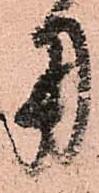
用